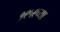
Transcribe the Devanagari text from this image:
१९५९च्या